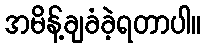
အမိန့်ချခံခဲ့ရတာပါ။